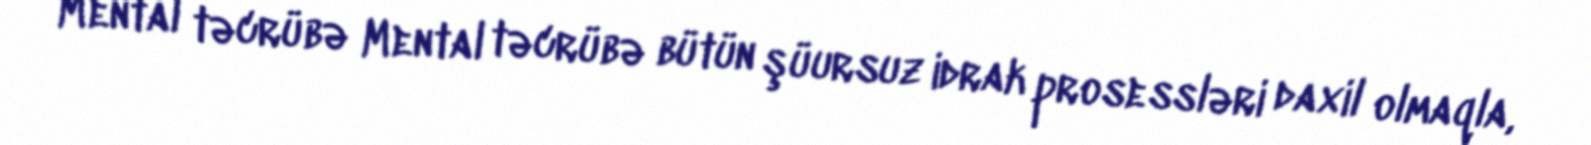
Mental təcrübə Mental təcrübə bütün şüursuz idrak prosessləri daxil olmaqla,